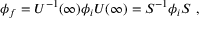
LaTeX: \phi _ { f } = U ^ { - 1 } ( \infty ) \phi _ { i } U ( \infty ) = S ^ { - 1 } \phi _ { i } S ~ ,